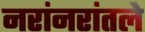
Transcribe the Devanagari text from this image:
नरांनरांतले